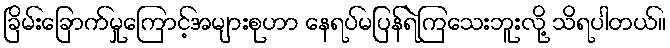
ခြိမ်းခြောက်မှုကြောင့်အများစုဟာ နေရပ်မပြန်ရဲကြသေးဘူးလို့ သိရပါတယ်။